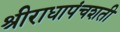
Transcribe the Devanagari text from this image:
श्रीराधापंचशती